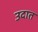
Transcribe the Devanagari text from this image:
उदात